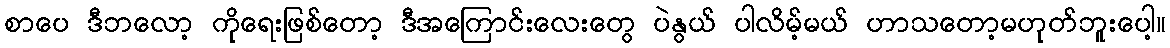
စာပေ ဒီဘလော့ ကိုရေးဖြစ်တော့ ဒီအကြောင်းလေးတွေ ပဲနွယ် ပါလိမ့်မယ် ဟာသတော့မဟုတ်ဘူးပေါ့။